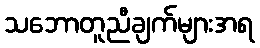
သဘောတူညီချက်များအရ